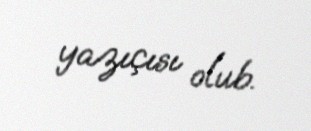
yazıçısı olub.